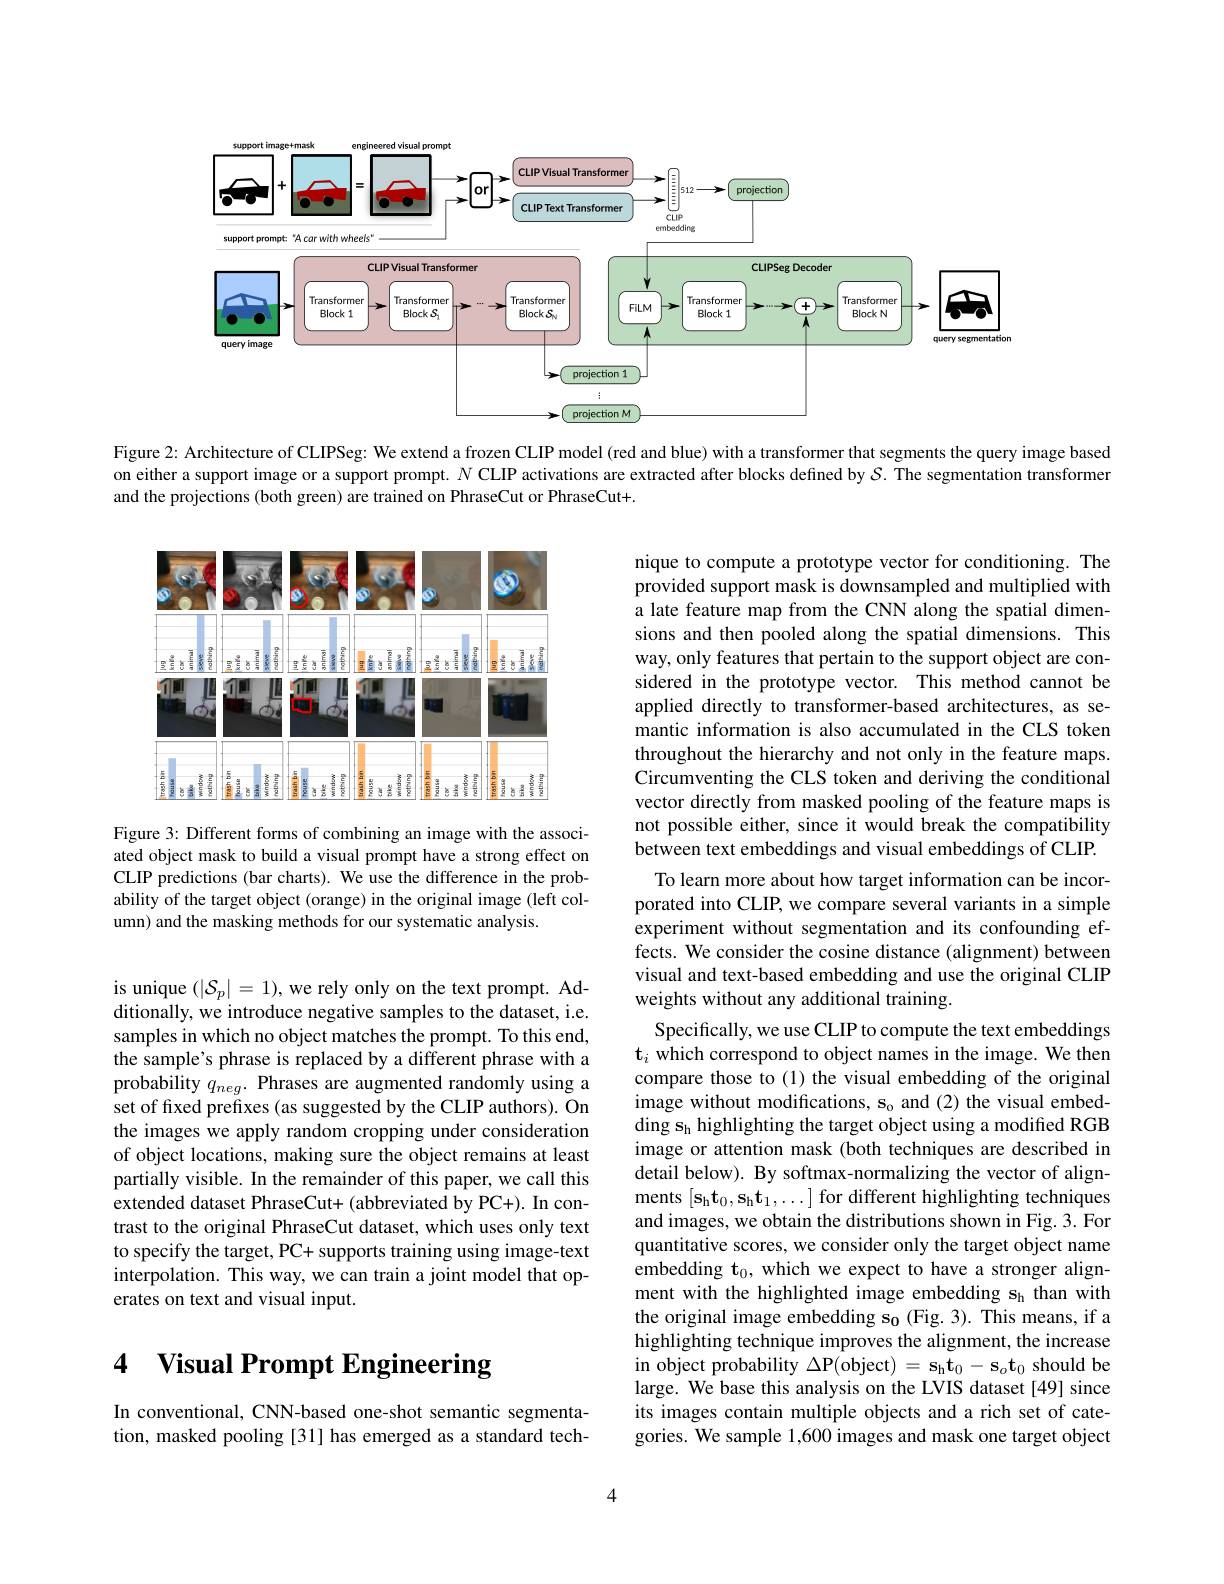
<FigureHere>

Figure 2: Architecture of CLIPSeg: We extend a frozen CLIP model (red and blue) with a transformer that segments the query image based on either a support image or a support prompt. $N$ CLIP activations are extracted after blocks defined by $S.$ The segmentation transformer and the projections (both green) are trained on PhraseCut or PhraseCut+.

<FigureHere>

Figure 3: Different forms of combining an image with the associated object mask to build a visual prompt have a strong effect on CLIP predictions (bar charts). We use the difference in the probability of the target object (orange) in the original image (left column) and the masking methods for our systematic analysis.

nique to compute a prototype vector for conditioning. The provided support mask is downsampled and multiplied with a late feature map from the CNN along the spatial dimensions and then pooled along the spatial dimensions. This way, only features that pertain to the support object are considered in the prototype vector. This method cannot be applied directly to transformer-based architectures, as semantic information is also accumulated in the CLS token throughout the hierarchy and not only in the feature maps. Circumventing the CLS token and deriving the conditional vector directly from masked pooling of the feature maps is not possible either, since it would break the compatibility between text embeddings and visual embeddings of CLIP.
To learn more about how target information can be incorporated into CLIP, we compare several variants in a simple experiment without segmentation and its confounding effects. We consider the cosine distance (alignment) between visual and text-based embedding and use the original CLIP weights without any additional training.
Specifically, we use CLIP to compute the text embeddings $\hat{\mathbf{t}}_i$ which correspond to object names in the image. We then compare those to (1) the visual embedding of the original image without modifications, s$_{\mathrm{o}}$ and (2) the visual embedding s$_\mathrm{h}$ highlighting the target object using a modified RGB image or attention mask (both techniques are described in detail below). By softmax-normalizing the vector of alignments $[\mathbf{s}_{\mathrm{h}}\mathbf{t}_{0},\mathbf{s}_{\mathrm{h}}\mathbf{t}_{1},\ldots]$ for different highlighting techniques and images, we obtain the distributions shown in Fig. 3. For quantitative scores, we consider only the target object name embedding $\mathbf{t}_0$, which we expect to have a stronger alignment with the highlighted image embedding s$_\mathrm{h}$ than with the original image embedding s$_{\mathbf{0}}$ (Fig. 3). This means, if a highlighting technique improves the alignment, the increase in object probability $\Delta$P(object$)=\mathbf{s}_{\mathrm{h}}\mathbf{t}_{0}-\mathbf{s}_{o}\mathbf{t}_{0}$ should be large. We base this analysis on the LVIS dataset [49] since its images contain multiple objects and a rich set of categories. We sample 1,600 images and mask one target object

is unique $(|\mathcal{S}_p|=1)$,we rely only on the text prompt. Additionally, we introduce negative samples to the dataset, i.e. samples in which no object matches the prompt. To this end, the sample's phrase is replaced by a different phrase with a probability $q_{neg}.$ Phrases are augmented randomly using a set of fixed prefixes (as suggested by the CLIP authors). On the images we apply random cropping under consideration of object locations, making sure the object remains at least partially visible. In the remainder of this paper, we call this extended dataset PhraseCut+ (abbreviated by PC+). In contrast to the original PhraseCut dataset, which uses only text to specify the target, PC+ supports training using image-text interpolation. This way, we can train a joint model that operates on text and visual input.

## 4 Visual Prompt Engineering

In conventional, CNN-based one-shot semantic segmentation, masked pooling [31] has emerged as a standard tech-

4